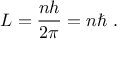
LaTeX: L = { \frac { n h } { 2 \pi } } = n \hbar ~ .